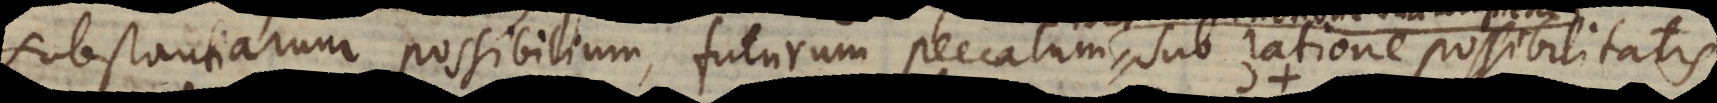
substantiarum possibilium, futurum peccatum liberum in notione